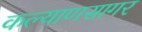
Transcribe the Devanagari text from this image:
कल्याणसागर